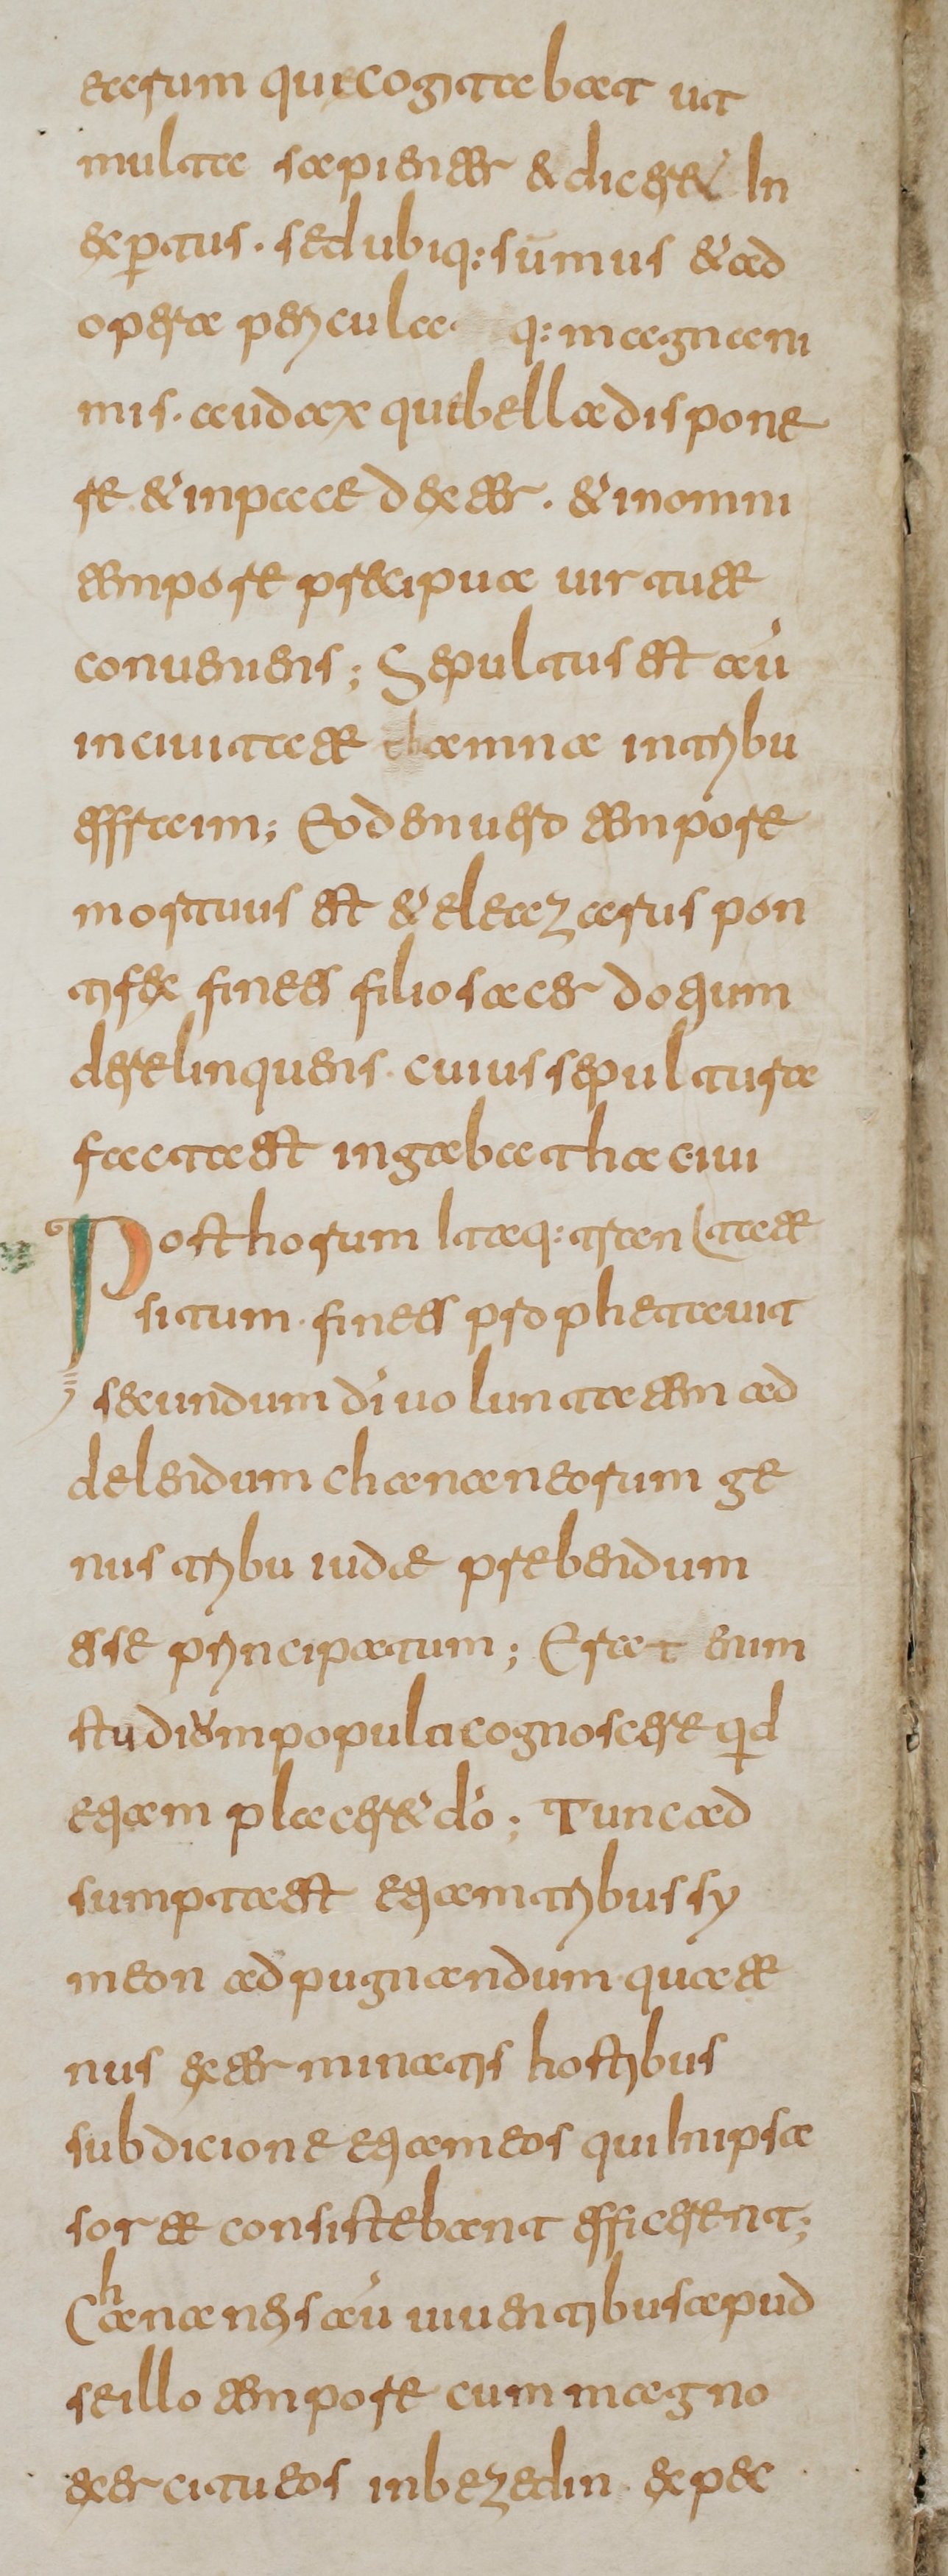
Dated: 800–849